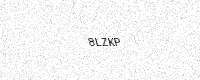
Text: 8LZKP